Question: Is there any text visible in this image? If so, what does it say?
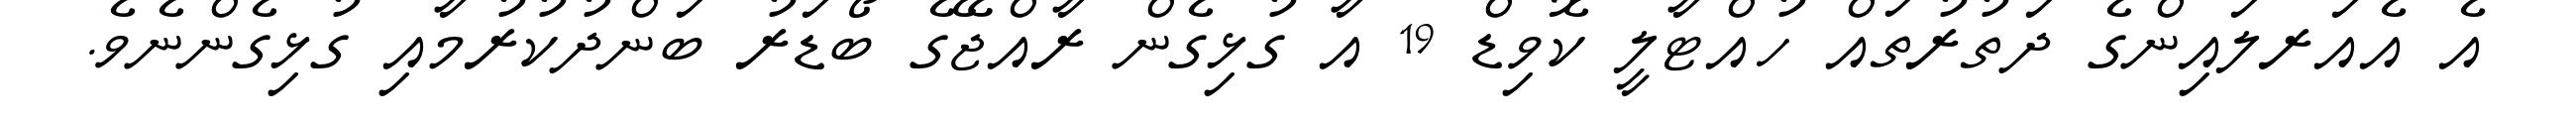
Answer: އެ އެއަރލައިންގެ ދަތުރުތައް ހުއްޓާލީ ކޮވިޑް 19 އާ ގުޅިގެން ރާއްޖޭގެ ބޯޑަރު ބަންދުކުރުމާއި ގުޅިގެންނެވެ.